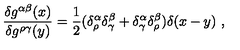
\frac { \delta g ^ { \alpha \beta } ( x ) } { \delta g ^ { \rho \gamma } ( y ) } = \frac { 1 } { 2 } ( \delta _ { \rho } ^ { \alpha } \delta _ { \gamma } ^ { \beta } + \delta _ { \gamma } ^ { \alpha } \delta _ { \rho } ^ { \beta } ) \delta ( x - y ) \ ,